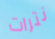
نترات